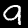
Digit: 9